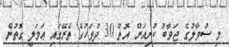
މި ސުވާލުގެ ޖަވާބު ކުރިއަށް އޮތް 30 ދުވަހުގެ ތެރޭގައި ޢަމަލީ ގޮތުން